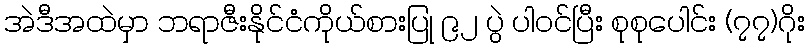
အဲဒီအထဲမှာ ဘရာဇီးနိုင်ငံကိုယ်စားပြု ၉၂ ပွဲ ပါဝင်ပြီး စုစုပေါင်း (၇၇)ဂိုး